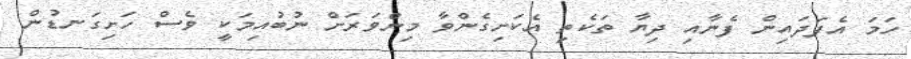
ހަމަ އެފަދައިން ފެނާއި ދިޔާ ތަކެތި އެކަށިގެންވާ މިންވަރަށް ނުބުއިމަކީ ވެސް ހަށިގަނޑުން